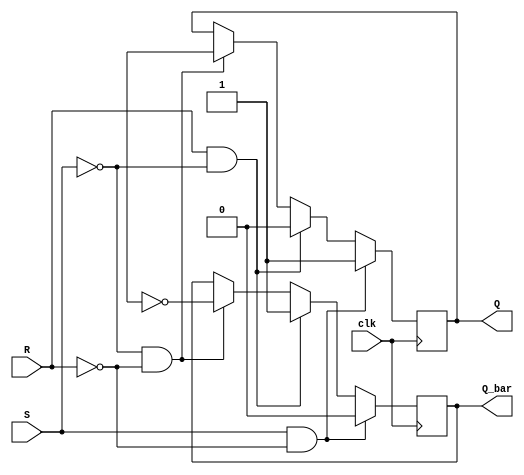
module SR_FF (
    input S, 
    input R, 
    input clk,
    output reg Q, 
    output reg Q_bar
);

reg temp;

always @(posedge clk) begin
    if (S & ~R) begin
        Q <= 1;
        Q_bar <= 0;
    end
    else if (R & ~S) begin
        Q <= 0;
        Q_bar <= 1;
    end
    else if (~S & ~R) begin
        Q <= temp;
        Q_bar <= ~temp;
    end
end

endmodule